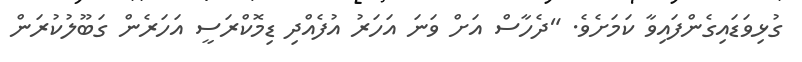
ގުޅިވަޑައިގެންފައިވާ ކަމަށެވެ. "ދެހާސް އަށް ވަނަ އަހަރު އުފެެއްދި ޑިމޮކްރަސީ އަހަރެން ގަބޫލުކުރަން